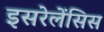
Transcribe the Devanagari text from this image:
इसरेलेंसिस